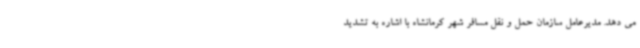
می دهد. مدیرعامل سازمان حمل و نقل مسافر شهر کرمانشاه با اشاره به تشدید